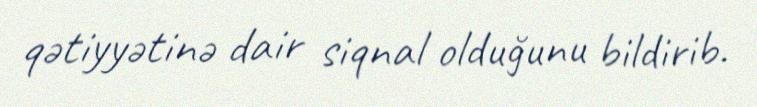
qətiyyətinə dair siqnal olduğunu bildirib.